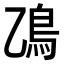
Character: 𫚮